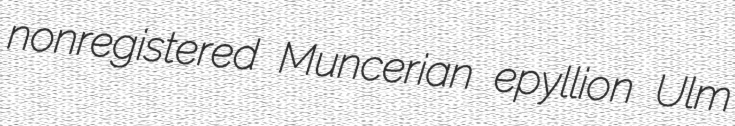
nonregistered Muncerian epyllion Ulm